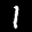
Label: 1